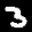
Label: 3